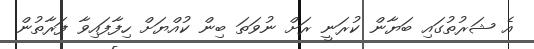
އެ ޝަރުތުގައި ބަޔާން ކުރަނީ ރަށް ނުވަތަ ބިން ކުއްޔަށް ހިފާފައިވާ ފަރާތުން